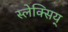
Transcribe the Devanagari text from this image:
स्लेक्सिय्